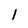
Character: 1